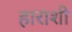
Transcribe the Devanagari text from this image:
हाराशी